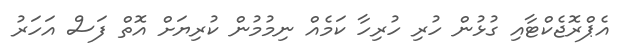
އެޕްރޮޖެކްޓާއި ގުޅުން ހުރި ހުރިހާ ކަމެއް ނިމުމުން ކުރިޔަށް އޮތް ފަސް އަހަރު